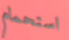
استحمام